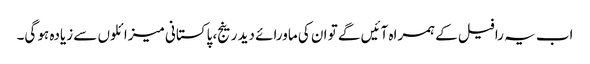
اب یہ رافیل کے ہمراہ آئیں گے تو ان کی ماورائے دید رینج، پاکستانی میزائلوں سے زیادہ ہو گی۔